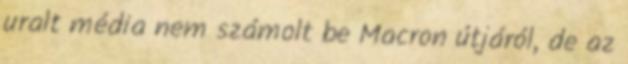
uralt média nem számolt be Macron útjáról, de az